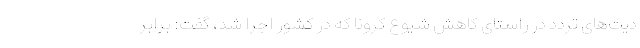
دیت‌های تردد در راستای کاهش شیوع کرونا که در کشور اجرا شد، گفت: برابر